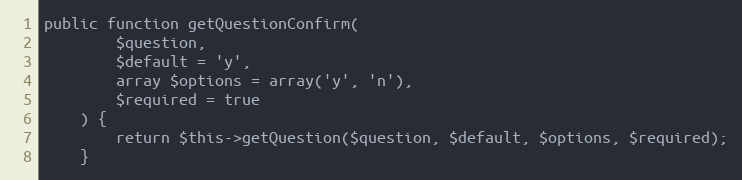
Language: PHP
public function getQuestionConfirm(
        $question,
        $default = 'y',
        array $options = array('y', 'n'),
        $required = true
    ) {
        return $this->getQuestion($question, $default, $options, $required);
    }